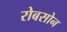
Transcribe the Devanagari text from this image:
रोबसोन